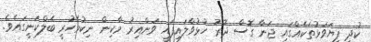
ކުދި ފިޔަވަޅުތަކެއްގައި ޖަނާ ގޮސް ދޮރު ހުޅުވާލައިފައި ވަންއިރު މާކިން ނިކުމެހުރީ ބެލްކަނީގައެވެ.